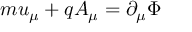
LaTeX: m u _ { \mu } + q A _ { \mu } = \partial _ { \mu } \Phi